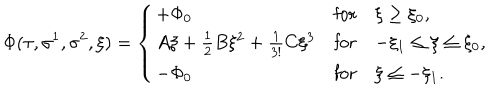
LaTeX: \Phi ( \tau , \sigma ^ { 1 } , \sigma ^ { 2 } , \xi ) = \left\{ \begin{array} { l c l } { { + \Phi _ { 0 } } } & { { \mathrm { f o r } } } & { { \xi \geq \xi _ { 0 } , } } \\ { { A \xi + \frac { 1 } { 2 } B \xi ^ { 2 } + \frac { 1 } { 3 ! } C \xi ^ { 3 } } } & { { \mathrm { f o r } } } & { { - \xi _ { 1 } \leq \xi \leq \xi _ { 0 } , } } \\ { { - \Phi _ { 0 } } } & { { \mathrm { f o r } } } & { { \xi \leq - \xi _ { 1 } . } } \\ \end{array} \right.